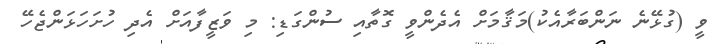
ވީ (ގުޅޭނެ ނަންބަރާއެކު)މަޤާމަށް އެދެންވީ ގޮތާއި ސުންގަޑި: މި ވަޒީފާއަށް އެދި ހުށަހަޅަންޖެހޭ